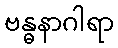
ဗန္ဓနာဂါရာ